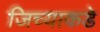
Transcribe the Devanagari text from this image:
जिच्याकडे